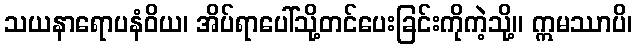
သယနာရောပနံဝိယ၊ အိပ်ရာပေါ်သို့တင်ပေးခြင်းကိုကဲ့သို့။ ဣမဿာပိ၊